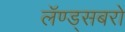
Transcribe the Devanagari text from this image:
लॅण्ड्सबरो